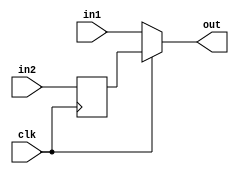
// This program was cloned from: https://github.com/aolofsson/oh
// License: MIT License

//#############################################################################
//# Function: Dual data rate output buffer                                    #
//#############################################################################
//# Author:   Andreas Olofsson                                                #
//# License:  MIT (see LICENSE file in OH! repository)                        #
//#############################################################################

module oh_oddr
  #(parameter N    =  1,       // vector width
    parameter SYN  = "TRUE",   // synthesizable (or not)
    parameter TYPE = "DEFAULT" // scell type/size
    )
   (
    input 	   clk, // clock input
    input [N-1:0]  in1, // negedge input
    input [N-1:0]  in2, // posedge input
    output [N-1:0] out  // ddr output
    );

   generate
      if(SYN == "TRUE") begin
	 //regs("sl"=stable low, "sh"=stable high)
	 reg [N-1:0]     in2_sh;

	 always @ (negedge clk)
	   in2_sh[N-1:0] <= in2[N-1:0];

	 assign out[N-1:0] = ~clk ? in1[N-1:0] : in2_sh[N-1:0];
      end
      else begin
	 for (i=0;i<N;i=i+1) begin
	    asic_oddr #(.TYPE(TYPE))
	    asic_oddr(// Outputs
		      .out		(out[N-1:0]),
		      // Inputs
		      .clk		(clk),
		      .in1		(in1[N-1:0]),
		      .in2		(in2[N-1:0]));
	 end
      end // else: !if(SYN == "TRUE")
   endgenerate

endmodule // oh_oddr